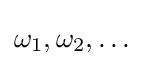
\omega _{1},\omega _{2},\ldots